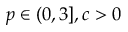
p \in ( 0 , 3 ] , c > 0